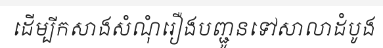
ដើម្បីកសាងសំណុំរឿងបញ្ជូនទៅសាលាដំបូង